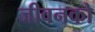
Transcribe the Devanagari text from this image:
जीवनको